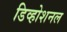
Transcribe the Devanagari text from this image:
डिव्होशनल